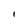
Character: I